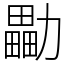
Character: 㔣